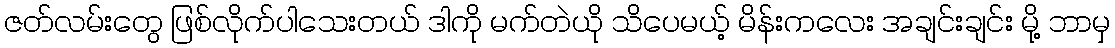
ဇတ်လမ်းတွေ ဖြစ်လိုက်ပါသေးတယ် ဒါကို မက်တဲယို သိပေမယ့် မိန်းကလေး အချင်းချင်း မို့ ဘာမှ